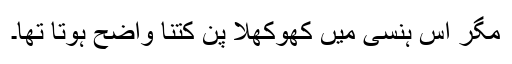
مگر اس ہنسی میں کھوکھلا پن کتنا واضح ہوتا تھا۔